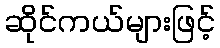
ဆိုင်ကယ်များဖြင့်